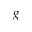
\boldsymbol { g }